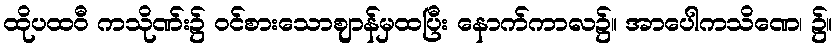
ထိုပထဝီ ကသိုဏ်း၌ ဝင်စားသောဈာန်မှထပြီး နောက်ကာလ၌။ အာပေါကသိဏေ၊ ၌။